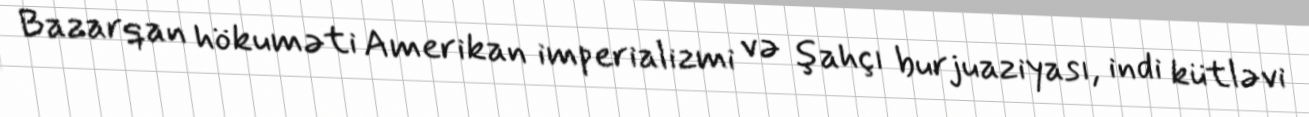
Bazarqan hökuməti Amerikan imperializmi və şahçı burjuaziyası, indi kütləvi